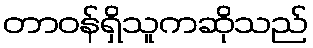
တာဝန်ရှိသူကဆိုသည်